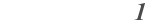
١٤